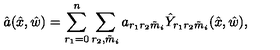
\hat { a } ( \hat { x } , \hat { w } ) = \sum _ { r _ { 1 } = 0 } ^ { n } \sum _ { r _ { 2 } , \tilde { m } _ { i } } a _ { r _ { 1 } r _ { 2 } \tilde { m } _ { i } } \hat { Y } _ { r _ { 1 } r _ { 2 } \tilde { m } _ { i } } ( \hat { x } , \hat { w } ) ,